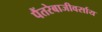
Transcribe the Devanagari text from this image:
पैंतरेबाजीवर्साय